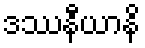
ဒဿနီယာနိ